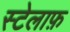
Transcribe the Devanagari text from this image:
स्टेलाफ़